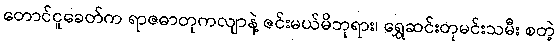
တောင်ငူခေတ်က ရာဇဓာတုကလျာနဲ့ ဇင်းမယ်မိဘုရား၊ ရွှေဆင်းတုမင်းသမီး စတဲ့